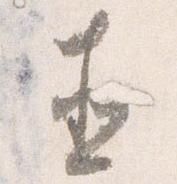
直